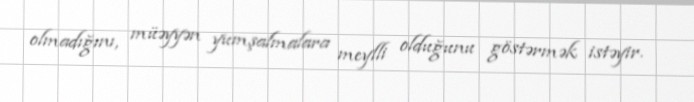
olmadığını, müəyyən yumşalmalara meylli olduğunu göstərmək istəyir.